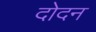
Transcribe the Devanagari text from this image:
दोदन